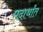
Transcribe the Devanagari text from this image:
पदार्थांंत